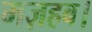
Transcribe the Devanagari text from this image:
मज़हब।